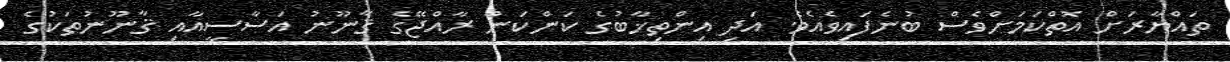
ތައްޔާރަށް އޮތްކަމަށްވެސް ބުނެފައިވެއެވެ. އަދި އިންތިޚާބުގެ ކަންކަން ރާއްޖޭގެ ޤާނޫނު އަސާސީއާއި ޤާނޫނުތަކުގެ